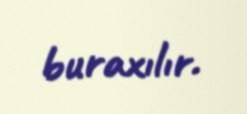
buraxılır.